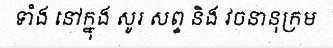
ទាំង នៅក្នុង សូរ សព្ទ និង វចនានុក្រម